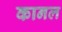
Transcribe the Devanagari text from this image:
कानल